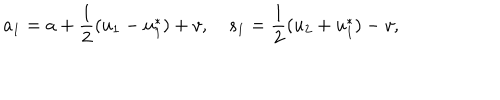
a _ { 1 } = a + \frac { 1 } { 2 } ( u _ { 1 } - u _ { 1 } ^ { * } ) + v , \quad s _ { 1 } = \frac { 1 } { 2 } ( u _ { 2 } + u _ { 1 } ^ { * } ) - v ,